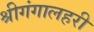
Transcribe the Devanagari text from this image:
श्रीगंगालहरी